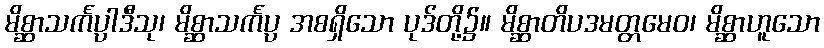
မိစ္ဆာသင်္ကပ္ပါဒီသု၊ မိစ္ဆာသင်္ကပ္ပ အစရှိသော ပုဒ်တို့၌။ မိစ္ဆာတိပဒမတ္တမေဝ၊ မိစ္ဆာဟူသော